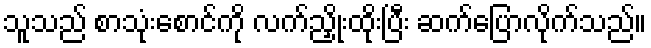
သူသည် စာသုံးစောင်ကို လက်ညှိုးထိုးပြီး ဆက်ပြောလိုက်သည်။